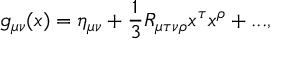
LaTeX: g _ { \mu \nu } ( x ) = \eta _ { \mu \nu } + \frac 1 3 R _ { \mu \tau \nu \rho } x ^ { \tau } x ^ { \rho } + . . . ,